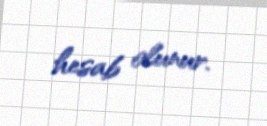
hesab olunur.